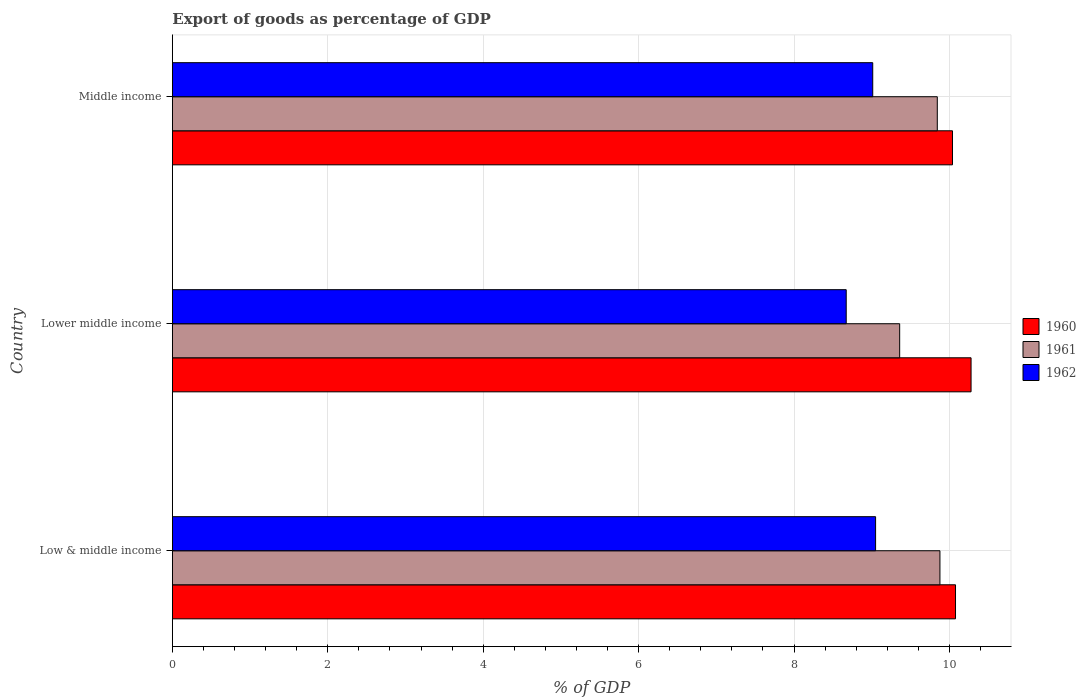
| Country | 1960 | 1961 | 1962 |
 | --- | --- | --- | --- |
 | Low & middle income | 10.1 | 9.88 | 9.05 |
 | Lower middle income | 10.3 | 9.36 | 8.67 |
 | Middle income | 10 | 9.84 | 9.01 |